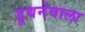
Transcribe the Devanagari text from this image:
डूबनेवाला